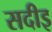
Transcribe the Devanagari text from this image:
सदीइ